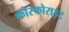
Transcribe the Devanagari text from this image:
फोस्फोराइट